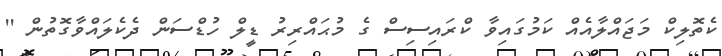
ކެތޮލިކް މަޖައްލާއެއް ކަމުގައިވާ ކްރައިސިސް ގެ މުޙައްރިރު ޑީލް ހުޑްސަން ދެކެލައްވާގޮތުން ''